Civil Veterinary Dept. North-West Frontier Province 1923-32 - 1923-1932
Year: 1923
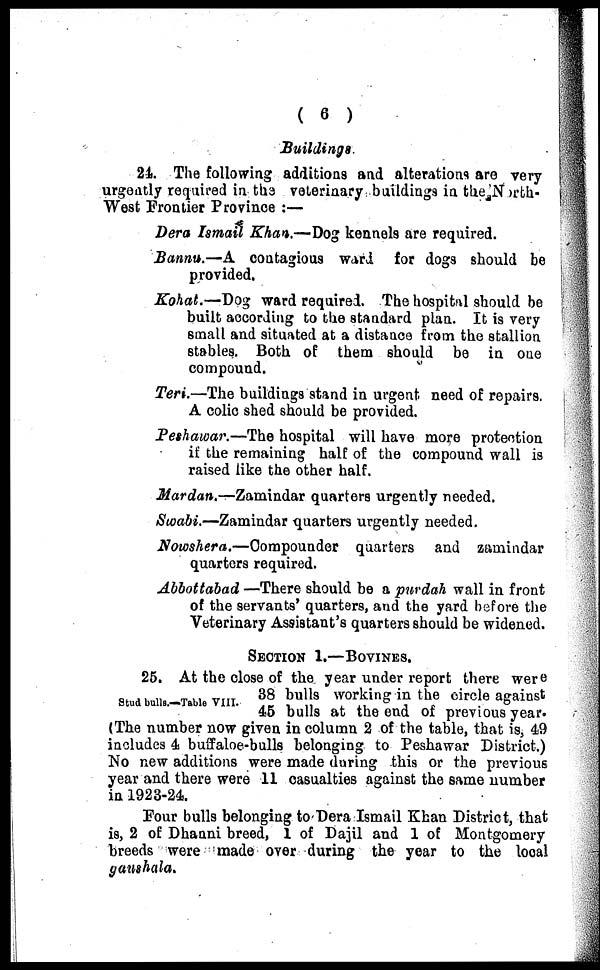
( 6 )
Buildings
24. The following additions and alterations are very
urgently required in the veterinary buildings in the North-
West Frontier Province:—
Dera Ismail Khan.—Dog kennels are required.
Bannu.—A contagious ward for dogs should be
provided.
Kohat.—Dog ward required. The hospital should be
built according to the standard plan. It is very
small and situated at a distance from the stallion
stables. Both of them should be in one
compound.
Teri.—The buildings stand in urgent need of repairs.
A colic shed should be provided.
Peshawar.—The hospital will have more protection
if the remaining half of the compound wall is
raised like the other half.
Mardan.—Zamindar quarters urgently needed.
Swabi.—Zamindar quarters urgently needed.
Nowshera.—Compounder
quarters and zamindar
quarters required.
Abbottabad —There should be a purdah wall in front
of the servants' quarters, and the yard before the
Veterinary Assistant's quarters should be widened.
SECTION 1.—BOVINES.
Stud bulls.—Table VIII.
25. At the close of the year under report there were
38 bulls working in the circle against
45 bulls at the end of previous year.
(The number now given in column 2 of the table, that is, 49
includes 4 buffaloe-bulls belonging to Peshawar District.)
No new additions were made during this or the previous
year and there were 11 casualties against the same number
in 1923-24.
Four bulls belonging to Dera Ismail Khan District, that
is, 2 of Dhanni breed, 1 of Dajil and 1 of Montgomery
breeds were made over during the year to the local
gaushala.